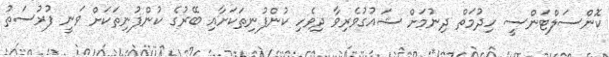
ކޮންސަލްޓަންސީ ހިދުމަތް ދިނުމަށް ޝައުގުވެރިވާ ދިވެހި ކުންފުނިތަކަށާއި ބޭރުގެ ކުންފުނިތަކަށް ވަނީ ފުރުސަތު